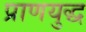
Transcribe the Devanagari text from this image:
प्राणयुद्ध